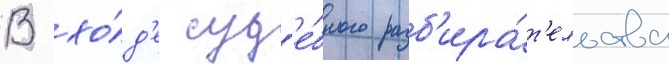
В хо́д'е суд'е́бного разб'ира́т'ельства